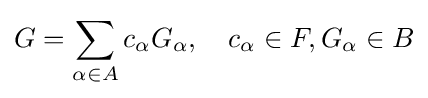
G=\sum _{\alpha \in A}c_{\alpha }G_{\alpha },\quad c_{\alpha }\in F,G_{\alpha }\in B